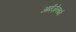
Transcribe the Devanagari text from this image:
आईज़ेनबर्ग